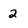
Character: 2